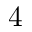
4